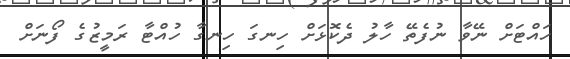
ހައްޓަށް ނޭވާ ނުފެތޭ ހާލު ދެކޮޅަށް ހިނގަ ހިނގާ ހުއްޓާ ރަމީޒުގެ ފޯނަށް